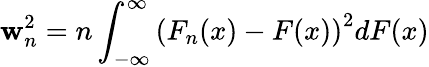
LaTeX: \mathbf{w}_{n}^{2}=n\int_{-\infty}^{\infty}\left(F_{n}(x)-F(x)\right)^{2}dF(x)